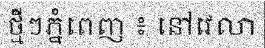
ថ្មីៗភ្នំពេញ ៖ នៅវេលា